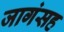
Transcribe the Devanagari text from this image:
जागंसह